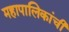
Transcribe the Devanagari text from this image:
महापालिकांची